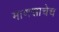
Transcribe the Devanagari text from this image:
माणसाचेच